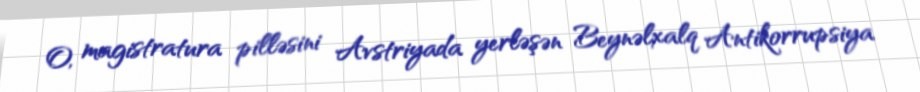
O, magistratura pilləsini Avstriyada yerləşən Beynəlxalq Antikorrupsiya